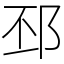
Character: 邳